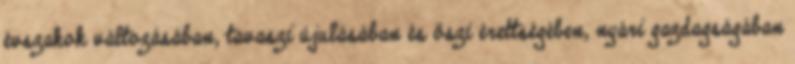
évszakok változásában, tavaszi újulásában és őszi érettségében, nyári gazdagságában